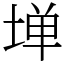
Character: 𫮃